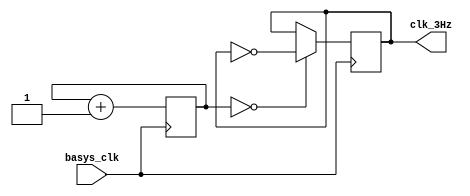
`timescale 1ns / 1ps
//////////////////////////////////////////////////////////////////////////////////
// Company: 
// Engineer: 
// 
// Design Name: 
// Module Name: clk_3hz
// Project Name: 
// Target Devices: 
// Tool Versions: 
// Description: 
// 
// Dependencies: 
// 
// Revision:
// Revision 0.01 - File Created
// Additional Comments:
// 
//////////////////////////////////////////////////////////////////////////////////


module clk_3hz(
    input basys_clk,
    output reg clk_3Hz
    );
    
    reg [23:0] count = 0;
        
    always @ (posedge basys_clk)
    begin
        count <= count + 1;
        clk_3Hz <= (count == 0) ? ~clk_3Hz : clk_3Hz;
    end
endmodule